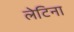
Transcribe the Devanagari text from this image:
लेटिना